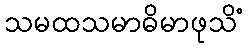
သမထသမာဓိမာဖုသိံ